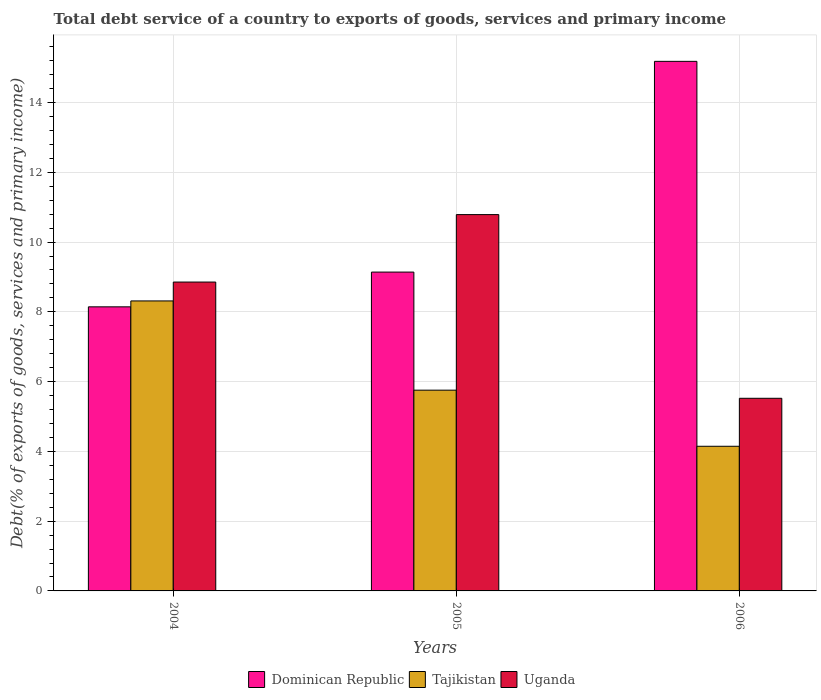
| Years | Dominican Republic | Tajikistan | Uganda |
 | --- | --- | --- | --- |
 | 2004 | 8.14 | 8.31 | 8.85 |
 | 2005 | 9.14 | 5.75 | 10.8 |
 | 2006 | 15.2 | 4.15 | 5.52 |